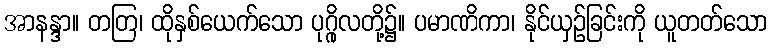
အာနန္ဒာ။ တတြ၊ ထိုနှစ်ယေက်သော ပုဂ္ဂိုလတို့၌။ ပမာဏိကာ၊ နိုင်ယှဉ်ခြင်းကို ယူတတ်သော